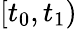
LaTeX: [t_{0},t_{1})